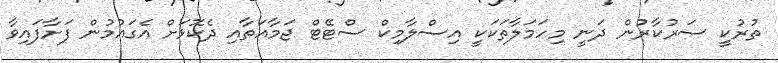
ތުރުކީ ސަރުކާރުން ދަނީ މިހަމަލާތަކަކީ އިސްލާމިކް ސްޓޭޓް ޖަމާއަތާއި ދެކޮޅަށް އެގައުމުން ފަށާފައިވާ